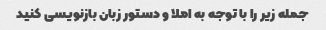
جمله زیر را با توجه به املا و دستور زبان بازنویسی کنید